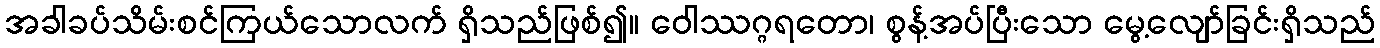
အခါခပ်သိမ်းစင်ကြယ်သောလက် ရှိသည်ဖြစ်၍။ ဝေါဿဂ္ဂရတော၊ စွန့်အပ်ပြီးသော မွေ့လျော်ခြင်းရှိသည်